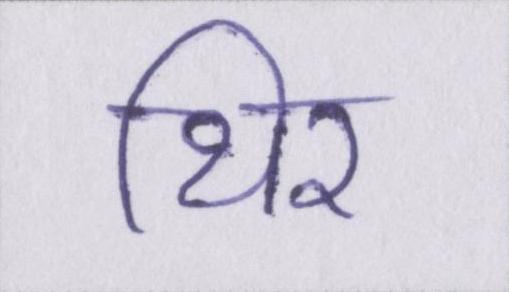
थिर